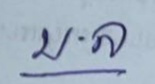
บ . ล